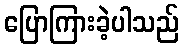
ပြောကြားခဲ့ပါသည်